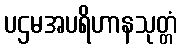
ပဌမအပရိဟာနသုတ္တံ